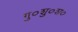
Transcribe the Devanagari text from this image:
गु०शु०श०